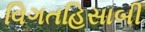
વિગતહિસાબી